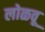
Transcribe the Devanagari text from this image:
लोळवू